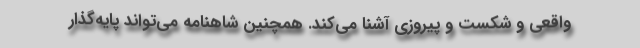
واقعی و شکست و پیروزی آشنا می‌کند. همچنین شاهنامه می‌تواند پایه‌گذار